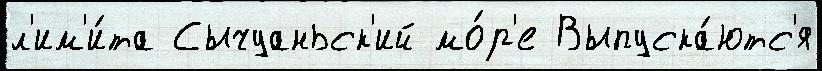
л'им'и́та Сычуаньск'ий мо́р'е Выпуска́ютс'я